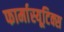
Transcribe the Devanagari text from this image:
फार्मास्यूटिक्स